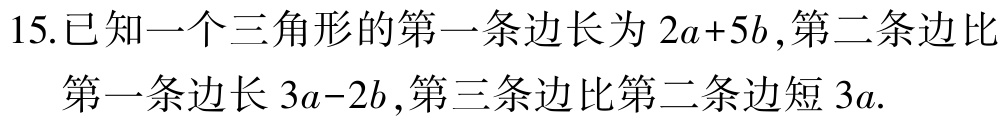
15.已知一个三角形的第一条边长为\(2a + 5b\),第二条边比第一条边长\(3a - 2b\),第三条边比第二条边短\(3a\).